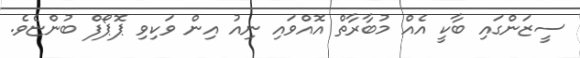
ސީޒަންގައި ބާކީ އެއް މުބާރާތް އޮއްވައި ނިއު އިން ވަކިވި ޕޮޕޯފް ބުންޏެވެ.